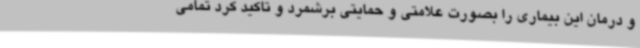
و درمان این بیماری را بصورت علامتی و حمایتی برشمرد و تاکید کرد تمامی